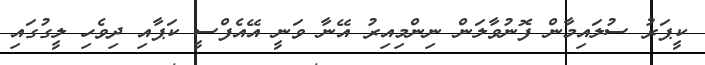
ކީޕަރު ސުލައިމާން ފޮނުވާލަން ނިންމިއިރު އޭނާ ވަނީ އޭއެފްސީ ކަޕާއި ދިވެހި ލީގުގައި